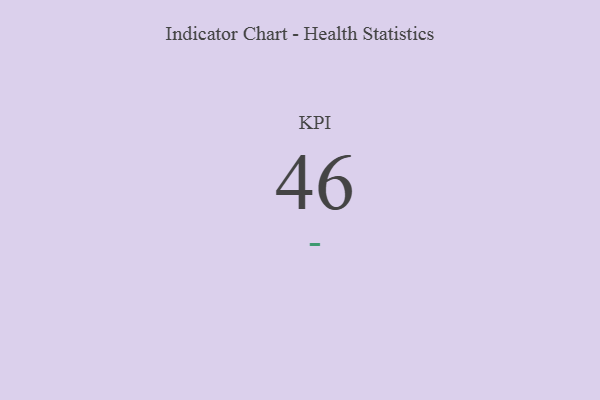
{"axis": {"x": "KPI", "y": "Value"}, "legend": [""], "data": [{"x": "KPI", "y": 46, "type": ""}]}